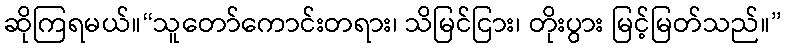
ဆိုကြရမယ်။“သူတော်ကောင်းတရား၊ သိမြင်ငြား၊ တိုးပွား မြင့်မြတ်သည်။”